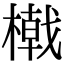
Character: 橶